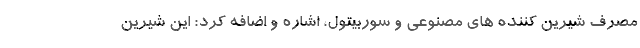
مصرف شیرین کننده‌ های مصنوعی و سوربیتول، اشاره و اضافه کرد: این شیرین